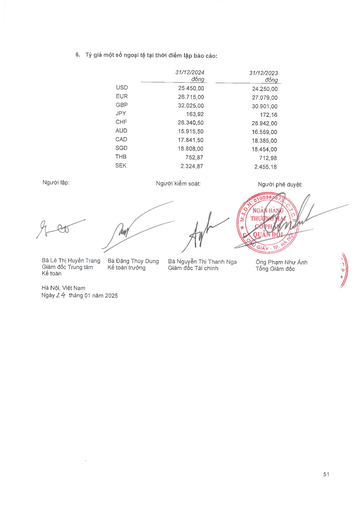
||31/12/2024 đồng|31/12/2023 đồng| |---|---|---| |USD|25.450,00|24.250,00| |EUR|26.715,00|27.079,00| |GBP|32.025,00|30.901,00| |JPY|163,92|172,16| |CHF|28.340,50|28.942,00| |AUD|15.915,50|16.559,00| |CAD|17.841,50|18.385,00| |SGD|18.808,00|18.454,00| |THB|752,87|712,98| |SEK|2.324,87|2.455,18|